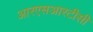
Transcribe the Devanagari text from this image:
आरएसआरटीसी